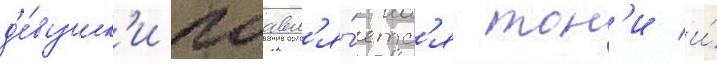
д'е́вушк'и поавл'я́етс'я тон'и и́